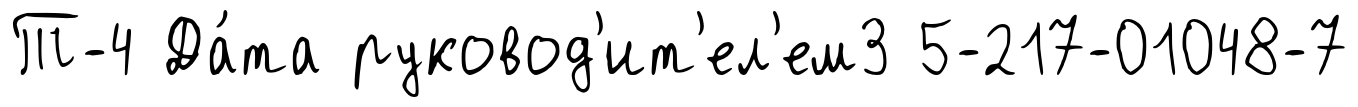
Т-4 Да́та руковод'ит'ел'ем3 5-217-01048-7